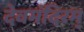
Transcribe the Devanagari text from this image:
देवमंदिरम्